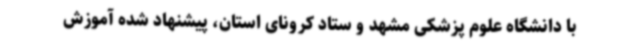
با دانشگاه علوم پزشکی مشهد و ستاد کرونای استان، پیشنهاد شده آموزش